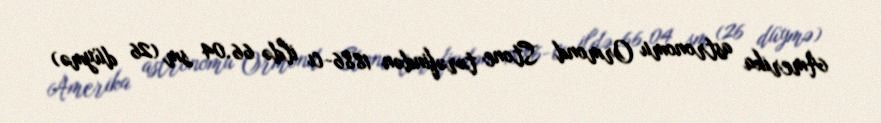
Amerika astronomu Ormond Stone tərəfindən 1886-cı ildə 66.04 sm (26 düymə)